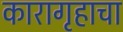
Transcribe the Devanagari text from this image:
कारागृहाचा